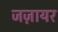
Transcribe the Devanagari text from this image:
जज़ायर